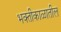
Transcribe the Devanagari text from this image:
भक्तीकाळातील